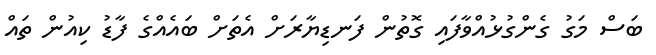
ބަސް މަގު ގެންގުޅުއްވާފައި ގޮތުން ފަނޑިޔާރަށް އެތަށް ބައެއްގެ ފާޑު ކިއުން ތައް